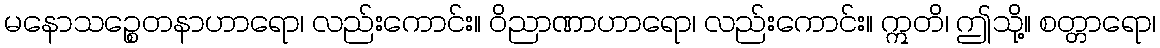
မနောသဉ္စေတနာဟာရော၊ လည်းကောင်း။ ဝိညာဏာဟာရော၊ လည်းကောင်း။ ဣတိ၊ ဤသို့။ စတ္တာရော၊